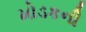
મોડકની